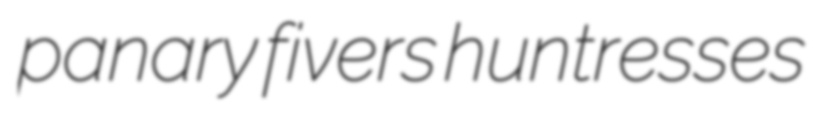
panary fivers huntresses